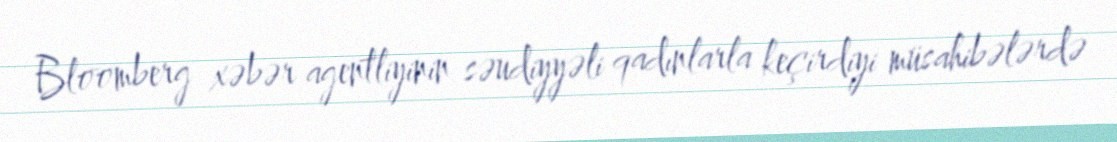
Bloomberg xəbər agentliyinin səudiyyəli qadınlarla keçirdiyi müsahibələrdə